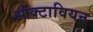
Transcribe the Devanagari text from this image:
ओक्टावियन